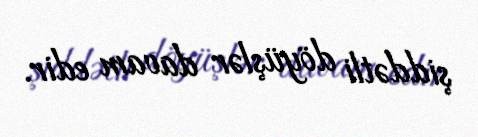
şiddətli döyüşlər davam edir.